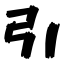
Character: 引